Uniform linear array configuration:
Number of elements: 32
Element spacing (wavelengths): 0.25
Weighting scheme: binomial
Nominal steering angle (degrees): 60
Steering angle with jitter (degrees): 59.776
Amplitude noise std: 0.05
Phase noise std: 0.05

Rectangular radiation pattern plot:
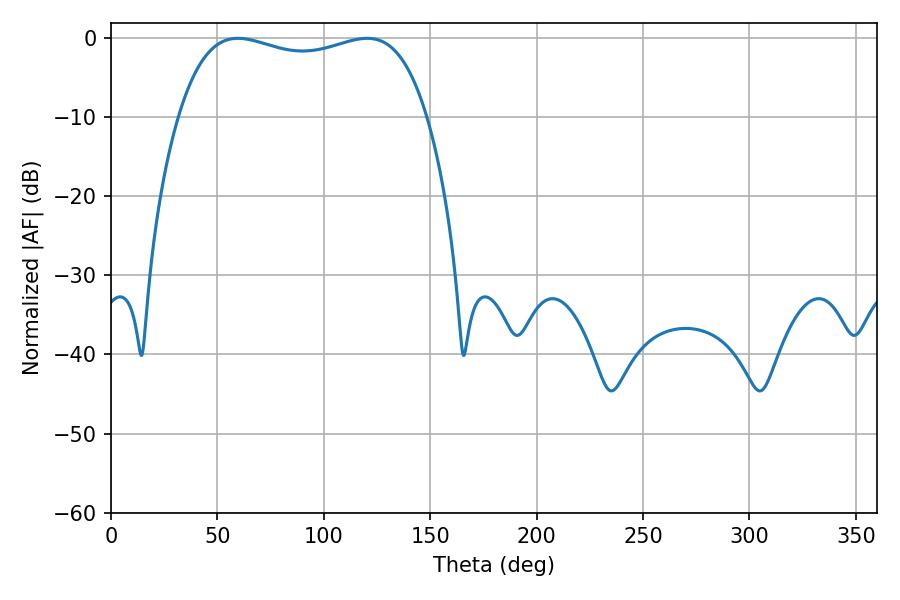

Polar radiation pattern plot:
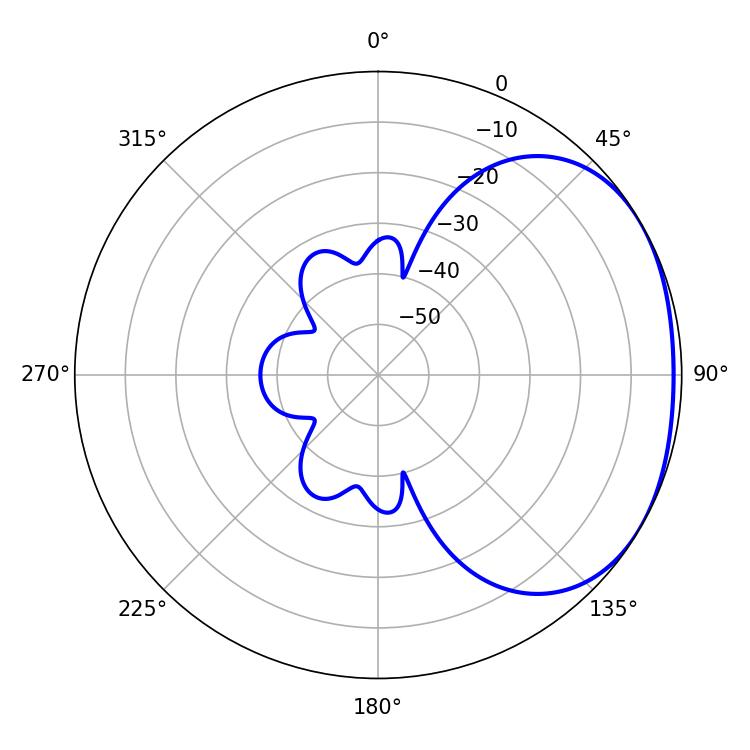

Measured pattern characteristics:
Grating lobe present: FALSE
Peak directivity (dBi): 1.893
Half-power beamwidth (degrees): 95.04
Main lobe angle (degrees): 59.58